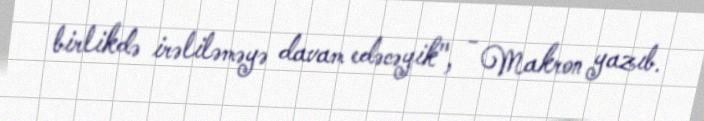
birlikdə irəliləməyə davam edəcəyik", - Makron yazıb.